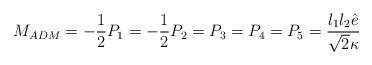
LaTeX: \begin{align*}M_{ADM} = - \frac12 P_1 = - \frac12 P_2 = P_3= P_4 = P_5 = \frac{l_1l_2\hat{e}}{\sqrt{2}\kappa}\end{align*}